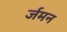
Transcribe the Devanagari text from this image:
र्जमन